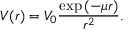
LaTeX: V ( r ) = V _ { 0 } \frac { \exp { ( - \mu r ) } } { r ^ { 2 } } .